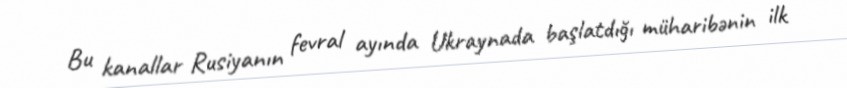
Bu kanallar Rusiyanın fevral ayında Ukraynada başlatdığı müharibənin ilk